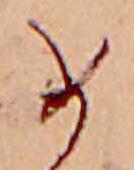
め